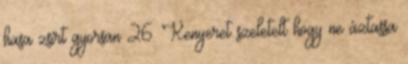
hasa zsírt gyorsan 26. Kenyeret szeletelt hogy ne áztassa